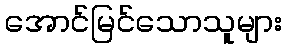
အောင်မြင်သောသူများ